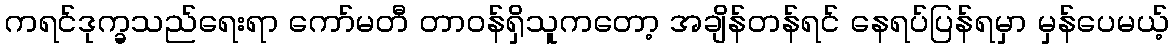
ကရင်ဒုက္ခသည်ရေးရာ ကော်မတီ တာဝန်ရှိသူကတော့ အချိန်တန်ရင် နေရပ်ပြန်ရမှာ မှန်ပေမယ့်